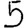
Digit: 5